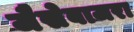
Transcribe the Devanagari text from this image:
जैसेबाजरा